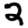
Digit: 2